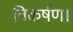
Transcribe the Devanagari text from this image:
विकर्षण।